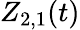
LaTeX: Z_{2,1}(t)